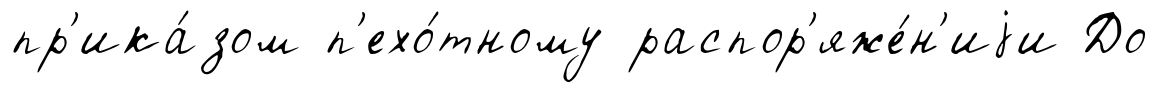
пр'ика́зом п'ехо́тному распор'яже́н'иjи До